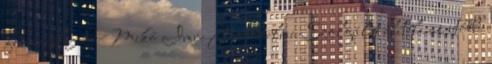
formáját A Mikó Imre Jogvédelmi Szolgálat elítéli az utóbbi